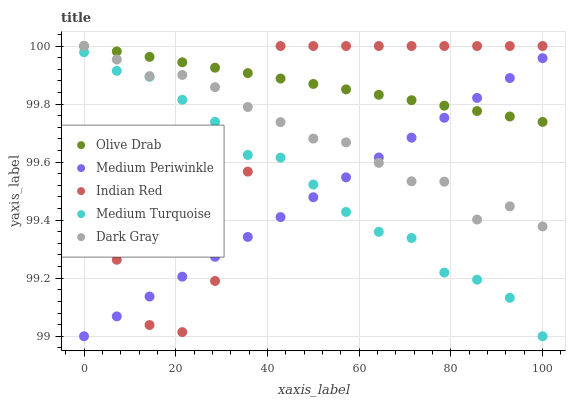
| xaxis_label | Olive Drab | Medium Periwinkle | Indian Red | Medium Turquoise | Dark Gray |
 | --- | --- | --- | --- | --- | --- |
 | 0 | 100 | 99 | 99.7 | 100 | 100 |
 | 7.14 | 100 | 99.1 | 99.3 | 99.9 | 100 |
 | 14.3 | 100 | 99.1 | 99 | 99.9 | 99.9 |
 | 21.4 | 99.9 | 99.2 | 99 | 99.8 | 99.9 |
 | 28.6 | 99.9 | 99.3 | 99.2 | 99.7 | 99.9 |
 | 35.7 | 99.9 | 99.3 | 99.6 | 99.6 | 99.8 |
 | 42.9 | 99.9 | 99.4 | 100 | 99.6 | 99.7 |
 | 50 | 99.9 | 99.5 | 100 | 99.5 | 99.7 |
 | 57.1 | 99.9 | 99.5 | 100 | 99.4 | 99.7 |
 | 64.3 | 99.8 | 99.6 | 100 | 99.4 | 99.6 |
 | 71.4 | 99.8 | 99.7 | 100 | 99.3 | 99.5 |
 | 78.6 | 99.8 | 99.8 | 100 | 99.2 | 99.5 |
 | 85.7 | 99.8 | 99.8 | 100 | 99.2 | 99.4 |
 | 92.9 | 99.8 | 99.9 | 100 | 99.1 | 99.4 |
 | 100 | 99.7 | 100 | 100 | 99 | 99.4 |